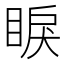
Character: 睙